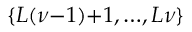
\{ L ( \nu { - } 1 ) { + } 1 , { \ldots } , L \nu \}